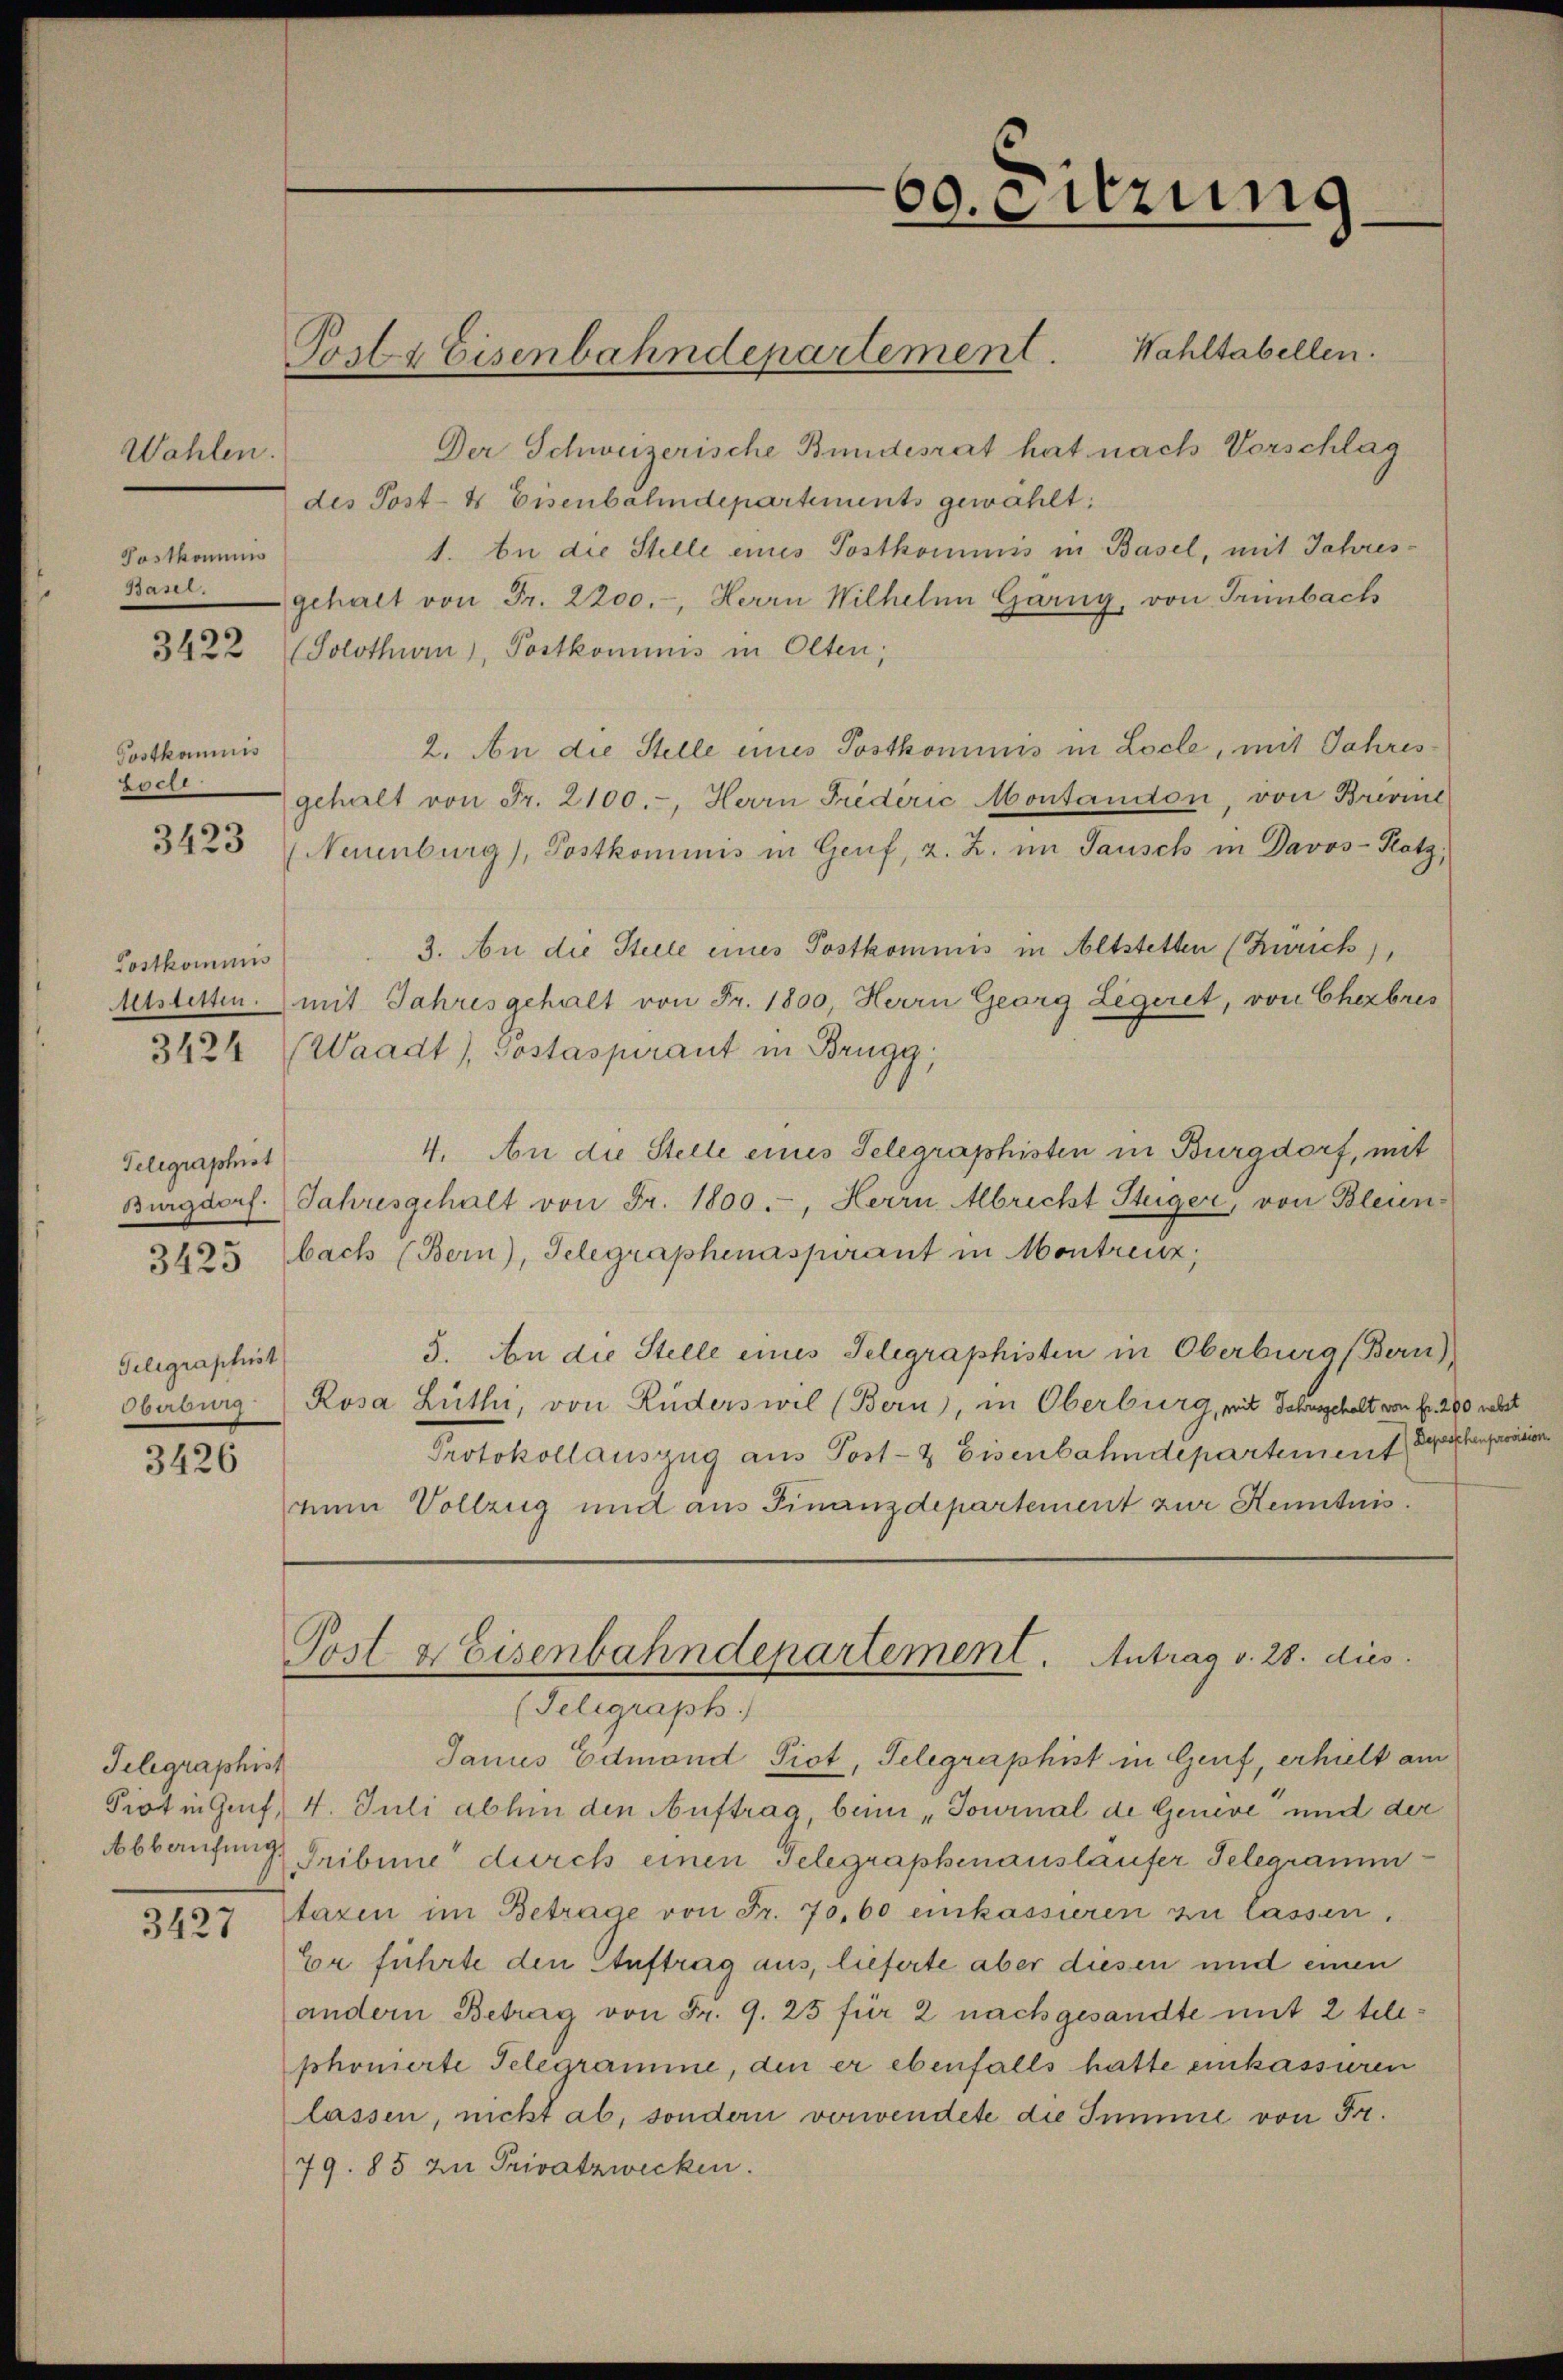
Wahlen.
Postkommis

Postkommis
Locle
3423

Postkommis
Altstetten.
3424

Telegraphist
Burgdorf.
3425 f

Gelegraphist
Oberbung

3426

Telegraphist

3185

Der Schweizerische Bundesrat hat nach Vorschlag
des Post- & Eisenbahndepartements gewählt:
1. bei die Stelle eines Postkommnis in Basel, mit Jahres¬
Banr gehalt von Fr. 2200.-, Herrn Wilhelm Garng, von Trimbach
3422 (Solothurn, Postkommnis in Olten;
2. An die Stelle eines Postkommnis in Locle, mit Jahresgehalt von Fr. 2100.-, Herrn Frederić Montandon, von Brivine
(Neuenburg), Postkominis in Genf, z. Z. im Tausch in Davos-Hotz,
3. An die Stelle eines Postkommis in Altstetten (Zürich),
mit Jahresgehalt von Fr. 1800 Herrn Georg Legeret, von Chezbres
Waadt, Gostaspirant in Brugg,
4. An die Stelle eines Selegraphisten in Burgdorf, mit
Jahresgehalt von Fr. 1800.-, Herrn Abricht Stüger, von Bleunbach (Bern), Telegraphenaspirant in Montreuz,
5. An die Stelle eines Telegraphisten in Oberburg (Bern)
Rosa Lüthi, von Ruderswil (Bern), in Oberburg, mit Jahrsgehalt von fr. 28
Protokollauszug aus Post- & Eisenbahndepartement d
num Vollzug und aus Finanzdepartement zur Kenntnis.

Posts Eisenbahndepartement. Wahltabellen.

60. Sitzung

Post & Eisenbahndepartement. Antrag v. 28. dies

(Seligraph
Janus Edmand Piot, Telegraphist in Genf, erhielt am
Piot in Genf, 4. Juli abhin den Auftrag, bei „Tournal de Genève und der
Abbaufung Gribung durch einen Telegraphenauslaufer Telegrammtaxen im Betrage von Fr. 70,60 einkassieren zu lassen.
Er führte den Auftrag aus, lieferte aber diesen und einen
andern Betrag von Fr. 9. 25 für 2 nachgesandte mit 2 telephonierte Telegramme, den er ebenfalls hatte einkassiren
lassen, nicht ab, sondern vorwendete die Summe von Fr.
79. 85 zu Privatzwecken.

0 nebst
chenprovision.